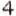
4